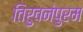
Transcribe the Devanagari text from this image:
तिरुवनंपुरम